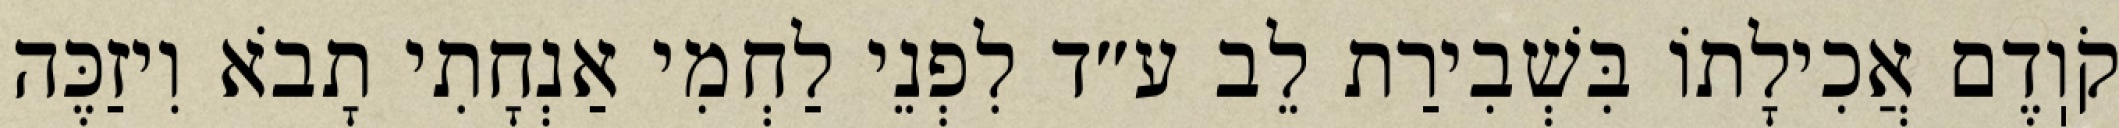
קֹוֽדֶם אֲכִילָתוֹ בִּשְׁבִירַת לֵב ע״ד לִפְנֵי לַחְמִי אַנְחָתִי תָבֹא וִיזַכֶּה